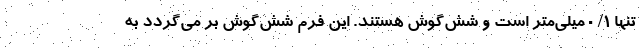
تنها ۱/ ۰ میلی‌متر است و شش‌گوش هستند. این فرم شش‌گوش بر می‌گردد به